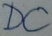
Text: DC